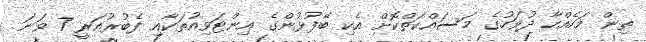
ތިން މަހެއްހާ ދުވަހުގެ މަސައްކަތްކޮށް އެކި ބޭފުޅުންގެ އިންޓަވިއުތަކާއި ފެބުރުއަރީ 7 ވަނަ